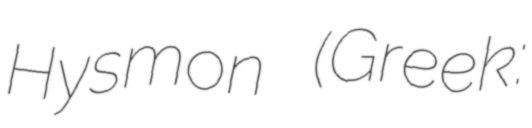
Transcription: Hysmon (Greek: